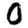
Digit: 0